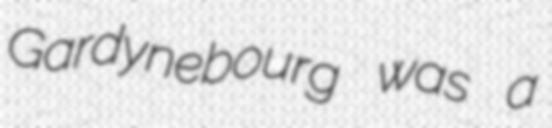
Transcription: Gardynebourg was a